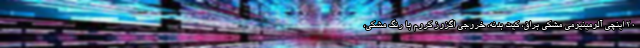
20 اینچی آلومینیومی مشکی براق، کیت بدنه، خروجی اگزوز کروم با رنگ مشکی،